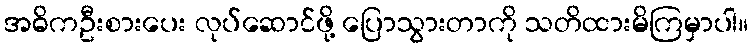
အဓိကဦးစားပေး လုပ်ဆောင်ဖို့ ပြောသွားတာကို သတိထားမိကြမှာပါ။